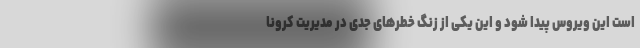
است این ویروس پیدا شود و این یکی از زنگ خطرهای جدی در مدیریت کرونا